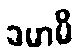
ခမာမိ